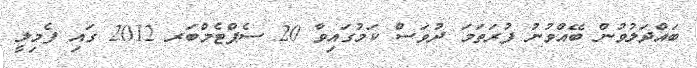
ބައްދަލުވުން ބޭއްވުނު ފުރަތަމަ ދުވަސް ކަމުގައިވާ 20 ސެޕްޓެމްބަރ 2012 ގައި ފެމިލީ